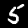
Label: 5